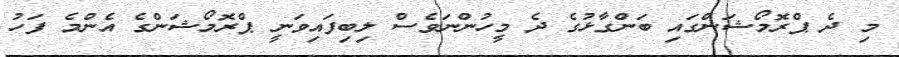
މި ދެ ޕްރޮމޯޝަންގައި ބަންގާޅުގެ ދެ މީހުންނަވެސް ލިބިފައިވަނީ ޕްރޮމޯޝަންގެ އެންމެ ފަހު